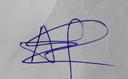
Signature authenticity: genuine